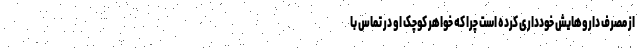
از مصرف داروهایش خودداری کرده است چرا که خواهر کوچک او در تماس با